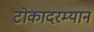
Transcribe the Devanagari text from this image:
टोकादरम्यान